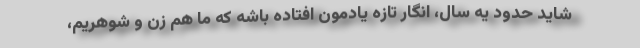
شاید حدود یه سال، انگار تازه یادمون افتاده باشه که ما هم زن و شوهریم،